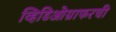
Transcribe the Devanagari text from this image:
व्हिडिओग्राफरची